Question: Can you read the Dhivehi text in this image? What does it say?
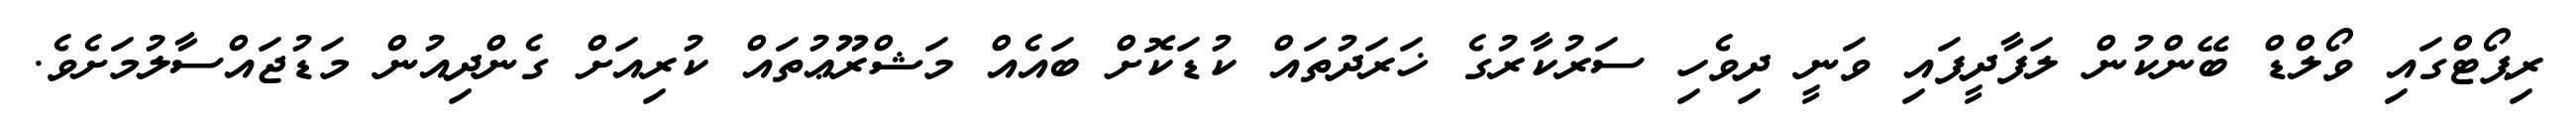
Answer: ރިޕޯޓްގައި ވޯލްޑް ބޭންކުން ލަފާދީފައި ވަނީ ދިވެހި ސަރުކާރުގެ ޚަރަދުތައް ކުޑަކޮށް ބައެއް މަޝްރޫޢުތައް ކުރިއަށް ގެންދިއުން މަޑުޖައްސާލުމަށެވެ.